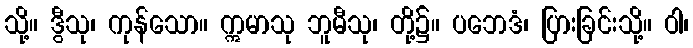
သို့။ ဒွီသု၊ ကုန်သော။ ဣမာသု ဘူမီသု၊ တို့၌။ ပဘေဒံ၊ ပြားခြင်းသို့။ ဝါ၊